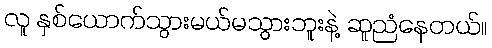
လူ နှစ်ယောက်သွားမယ်မသွားဘူးနဲ့ ဆူညံနေတယ်။